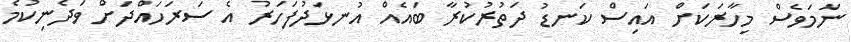
ނަމަވެސް މިހާރަކަށް އައިސް ކަނޑު ދަތުރުކުރާ ބައެެއް އުނޅަދުފަހަރު އެ ސަރަހައްދަށް ވަދެނިކުމެ